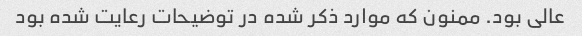
عالی بود. ممنون که موارد ذکر شده در توضیحات رعایت شده بود